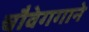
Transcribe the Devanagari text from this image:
चौवेगगाने